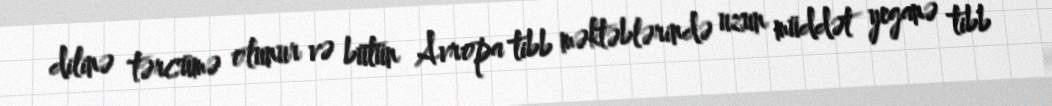
dilinə tərcümə olunur və bütün Avropa tibb məktəblərində uzun müddət yeganə tibb